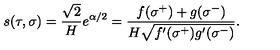
s ( \tau , \sigma ) = \frac { \sqrt { 2 } } { H } e ^ { \alpha / 2 } = \frac { f ( \sigma ^ { + } ) + g ( \sigma ^ { - } ) } { H \sqrt { f ^ { \prime } ( \sigma ^ { + } ) g ^ { \prime } ( \sigma ^ { - } ) } } .